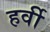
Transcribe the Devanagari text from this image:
हर्वी